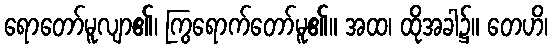
ရောတော်မူလျာ၏၊ ကြွရောက်တော်မူ၏။ အထ၊ ထိုအခါ၌။ တေဟိ၊